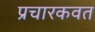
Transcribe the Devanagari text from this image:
प्रचारकवत